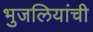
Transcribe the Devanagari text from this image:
भुजलियांची